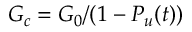
G _ { c } = G _ { 0 } / ( 1 - P _ { u } ( t ) )